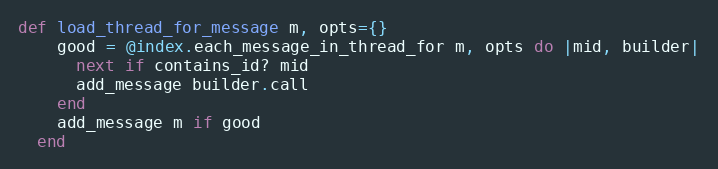
Language: Ruby
def load_thread_for_message m, opts={}
    good = @index.each_message_in_thread_for m, opts do |mid, builder|
      next if contains_id? mid
      add_message builder.call
    end
    add_message m if good
  end